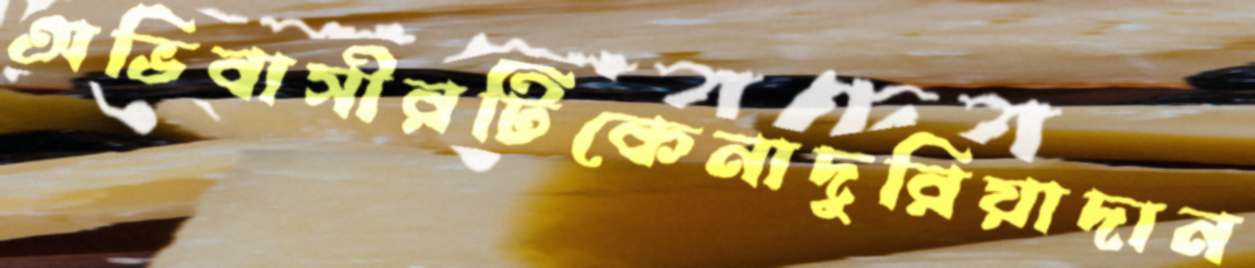
অভিবাসীরটিকেনাদুরিয়াদান